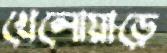
খেলোয়াড়ে